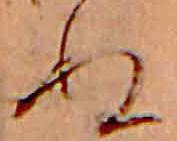
ぬ